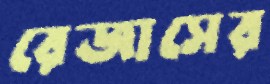
রেজাসের